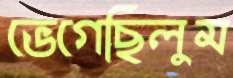
ভেগেছিলুম